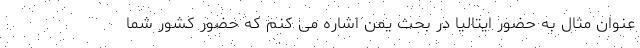
عنوان مثال به حضور ایتالیا در بحث یمن اشاره می کنم که حضور کشور شما